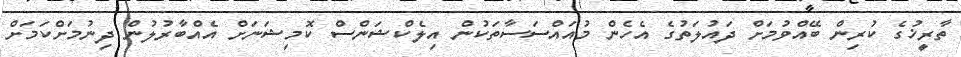
ތާރީޚުގެ ކުރިން ބޭއްވުމަށް ދައުލަތުގެ އެހެން މުއައްސަސާތަކުން އިލެކްޝަންސް ކޮމިޝަނަށް އެއްބާރުލުން ދިނުމަށްކަމަށް